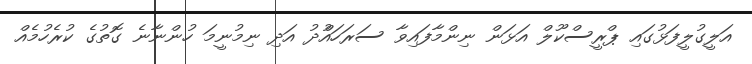
އަލީގުލީފަޅުގައި ޕްރީސްކޫލް އަޅަން ނިންމާފައިވާ ސަރަހައްުދު އަދި ނިމުނީމަ ހުންނާނެ ގޮތުގެ ކުރެހުމެއް